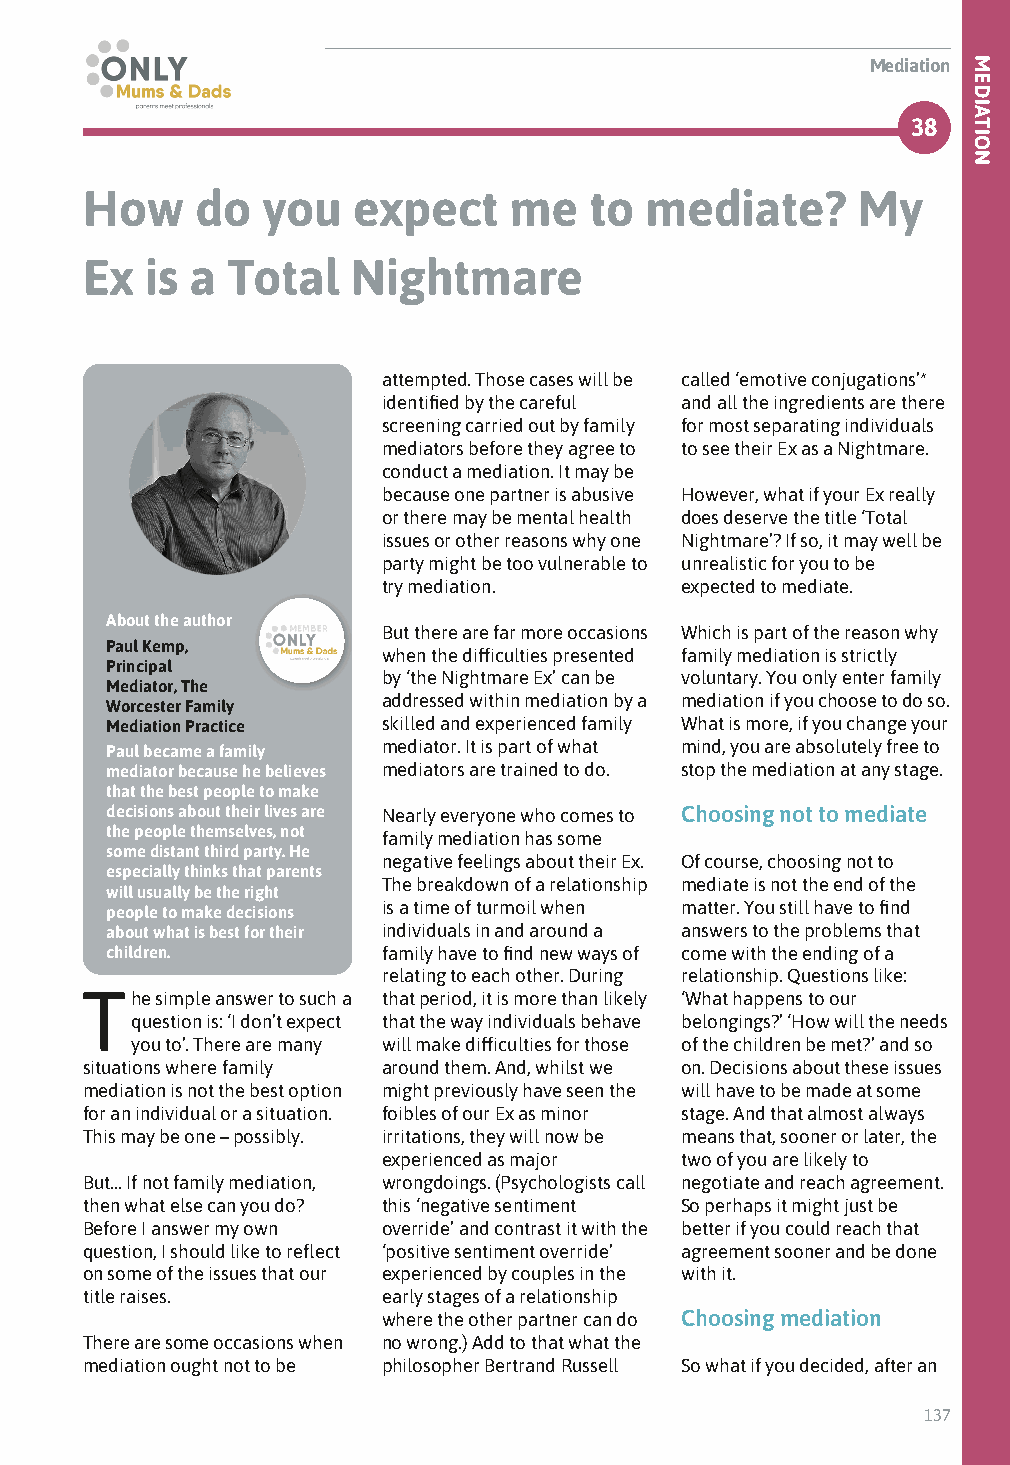
Mediation
 38
 How     do  you   expect     me   to  mediate?      My
 Ex   is a Total   Nightmare
 attempted. Those cases will be called ‘emotive conjugations’*
 identified by the careful and all the ingredients are there
 screening carried out by family for most separating individuals
 mediators before they agree to to see their Ex as a Nightmare.
 conduct a mediation. It may be
 because one partner is abusive However, what if your Ex really
 or there may be mental health does deserve the title ‘Total
 issues or other reasons why one Nightmare’? If so, it may well be
 party might be too vulnerable to unrealistic for you to be
 try mediation.      expected to mediate.
 About the author
 But there are far more occasions Which is part of the reason why
 Paul Kemp,
 when the difficulties presented family mediation is strictly
 Principal
 by ‘the Nightmare Ex’ can be voluntary. You only enter family
 Mediator, The
 Worcester Family  addressed within mediation by a mediation if you choose to do so.
 Mediation Practice skilled and experienced family What is more, if you change your
 Paul became a family mediator. It is part of what mind, you are absolutely free to
 mediator because he believes mediators are trained to do. stop the mediation at any stage.
 that the best people to make
 decisions about their lives are Nearly everyone who comes to Choosing not to mediate
 the people themselves, not family mediation has some
 some distant third party. He
 negative feelings about their Ex. Of course, choosing not to
 especially thinks that parents
 The breakdown of a relationship mediate is not the end of the
 will usually be the right
 people to make decisions is a time of turmoil when matter. You still have to find
 about what is best for their individuals in and around a answers to the problems that
 children.         family have to find new ways of come with the ending of a
 relating to each other. During relationship. Questions like:
 The  simple answer to such a that period, it is more than likely ‘What happens to our
 question is: ‘I don’t expect that the way individuals behave belongings?’ ‘How will the needs
 you to’. There are many will make difficulties for those of the children be met?’ and so
 situations where family around them. And, whilst we on. Decisions about these issues
 mediation is not the best option might previously have seen the will have to be made at some
 for an individual or a situation. foibles of our Ex as minor stage. And that almost always
 This may be one – possibly. irritations, they will now be means that, sooner or later, the
 experienced as major two of you are likely to
 But… If not family mediation, wrongdoings. (Psychologists call negotiate and reach agreement.
 then what else can you do? this ‘negative sentiment So perhaps it might just be
 Before I answer my own override’ and contrast it with the better if you could reach that
 question, I should like to reflect ‘positive sentiment override’ agreement sooner and be done
 on some of the issues that our experienced by couples in the with it.
 title raises.       early stages of a relationship
 where the other partner can do Choosing mediation
 There are some occasions when no wrong.) Add to that what the
 mediation ought not to be philosopher Bertrand Russell So what if you decided, after an
 137
 MEDIATION